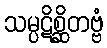
သမ္ပဋိစ္ဆိတဗ္ဗံ